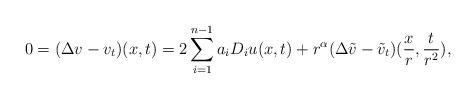
LaTeX: \begin{align*}0= (\Delta v - v_t)(x,t)= 2 \sum_{i=1}^{n-1} a_i D_i u(x,t) + r^{\alpha}(\Delta \tilde v - \tilde v_t)(\frac{x}{r},\frac{t}{r^2}),\end{align*}